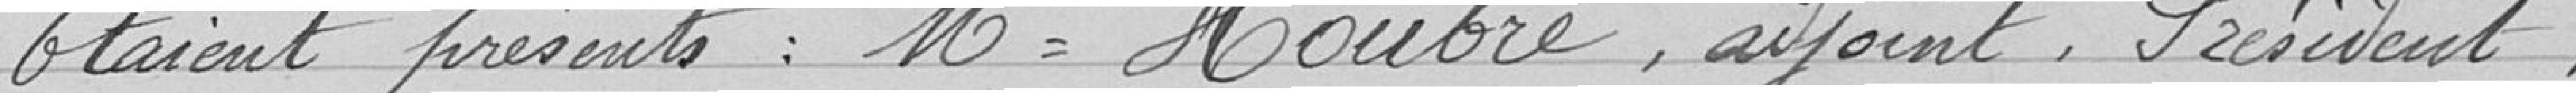
Étaient présents : Monsieur Houbre, adjoint, Président